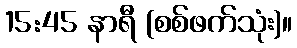
15:45 နာရီ (စစ်ဖက်သုံး)။